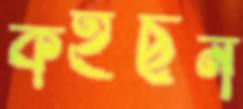
কইছন